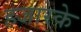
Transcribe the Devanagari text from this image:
हजारके